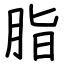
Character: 脂